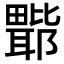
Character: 𭻲